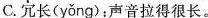
C.冗长(yǒng);声音拉得很长。